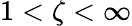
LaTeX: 1<\zeta<\infty